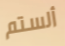
ألستم